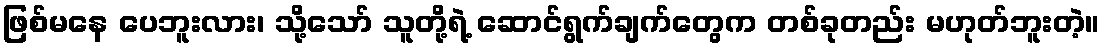
ဖြစ်မနေ ပေဘူးလား၊ သို့သော် သူတို့ရဲ့ ဆောင်ရွက်ချက်တွေက တစ်ခုတည်း မဟုတ်ဘူးတဲ့။